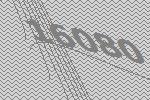
16080